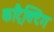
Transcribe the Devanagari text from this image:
कांट्रैक्टिंग